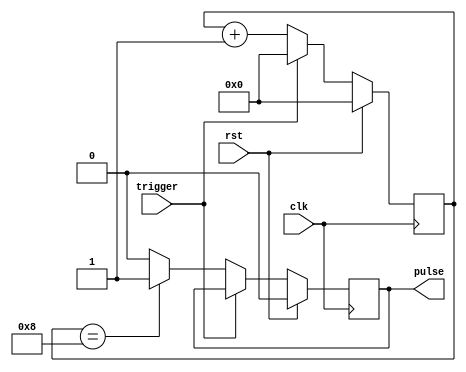
module one_shot_timer (
    input wire trigger,
    input wire clk,
    input wire rst,
    output reg pulse
);

reg [15:0] count;

parameter DURATION = 16'b1000; // specify desired duration

always @ (posedge clk) begin
    if (rst) begin
        count <= 16'b0;
        pulse <= 1'b0;
    end else begin
        if (trigger) begin
            count <= 16'b0;
        end else begin
            count <= count + 1;
            if (count == DURATION) begin
                pulse <= 1'b1;
            end else begin
                pulse <= 1'b0;
            end
        end
    end
end

endmodule